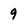
Character: 9